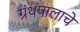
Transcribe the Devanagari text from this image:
ग्रंथपालाचे